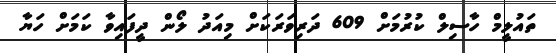
ތައުލީމް ހާސިލް ކުރުމަށް 609 ދަރިވަރަކަށް މިއަދު ލޯން ދީފައިވާ ކަމަށް ހަޔާ